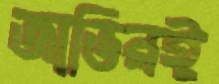
জাভিরই